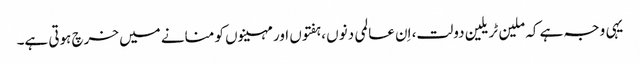
یہی وجہ ہے کہ ملین ٹریلین دولت، اِن عالمی دنوں ،ہفتوں اور مہینوں کو منانے میں خرچ ہوتی ہے۔